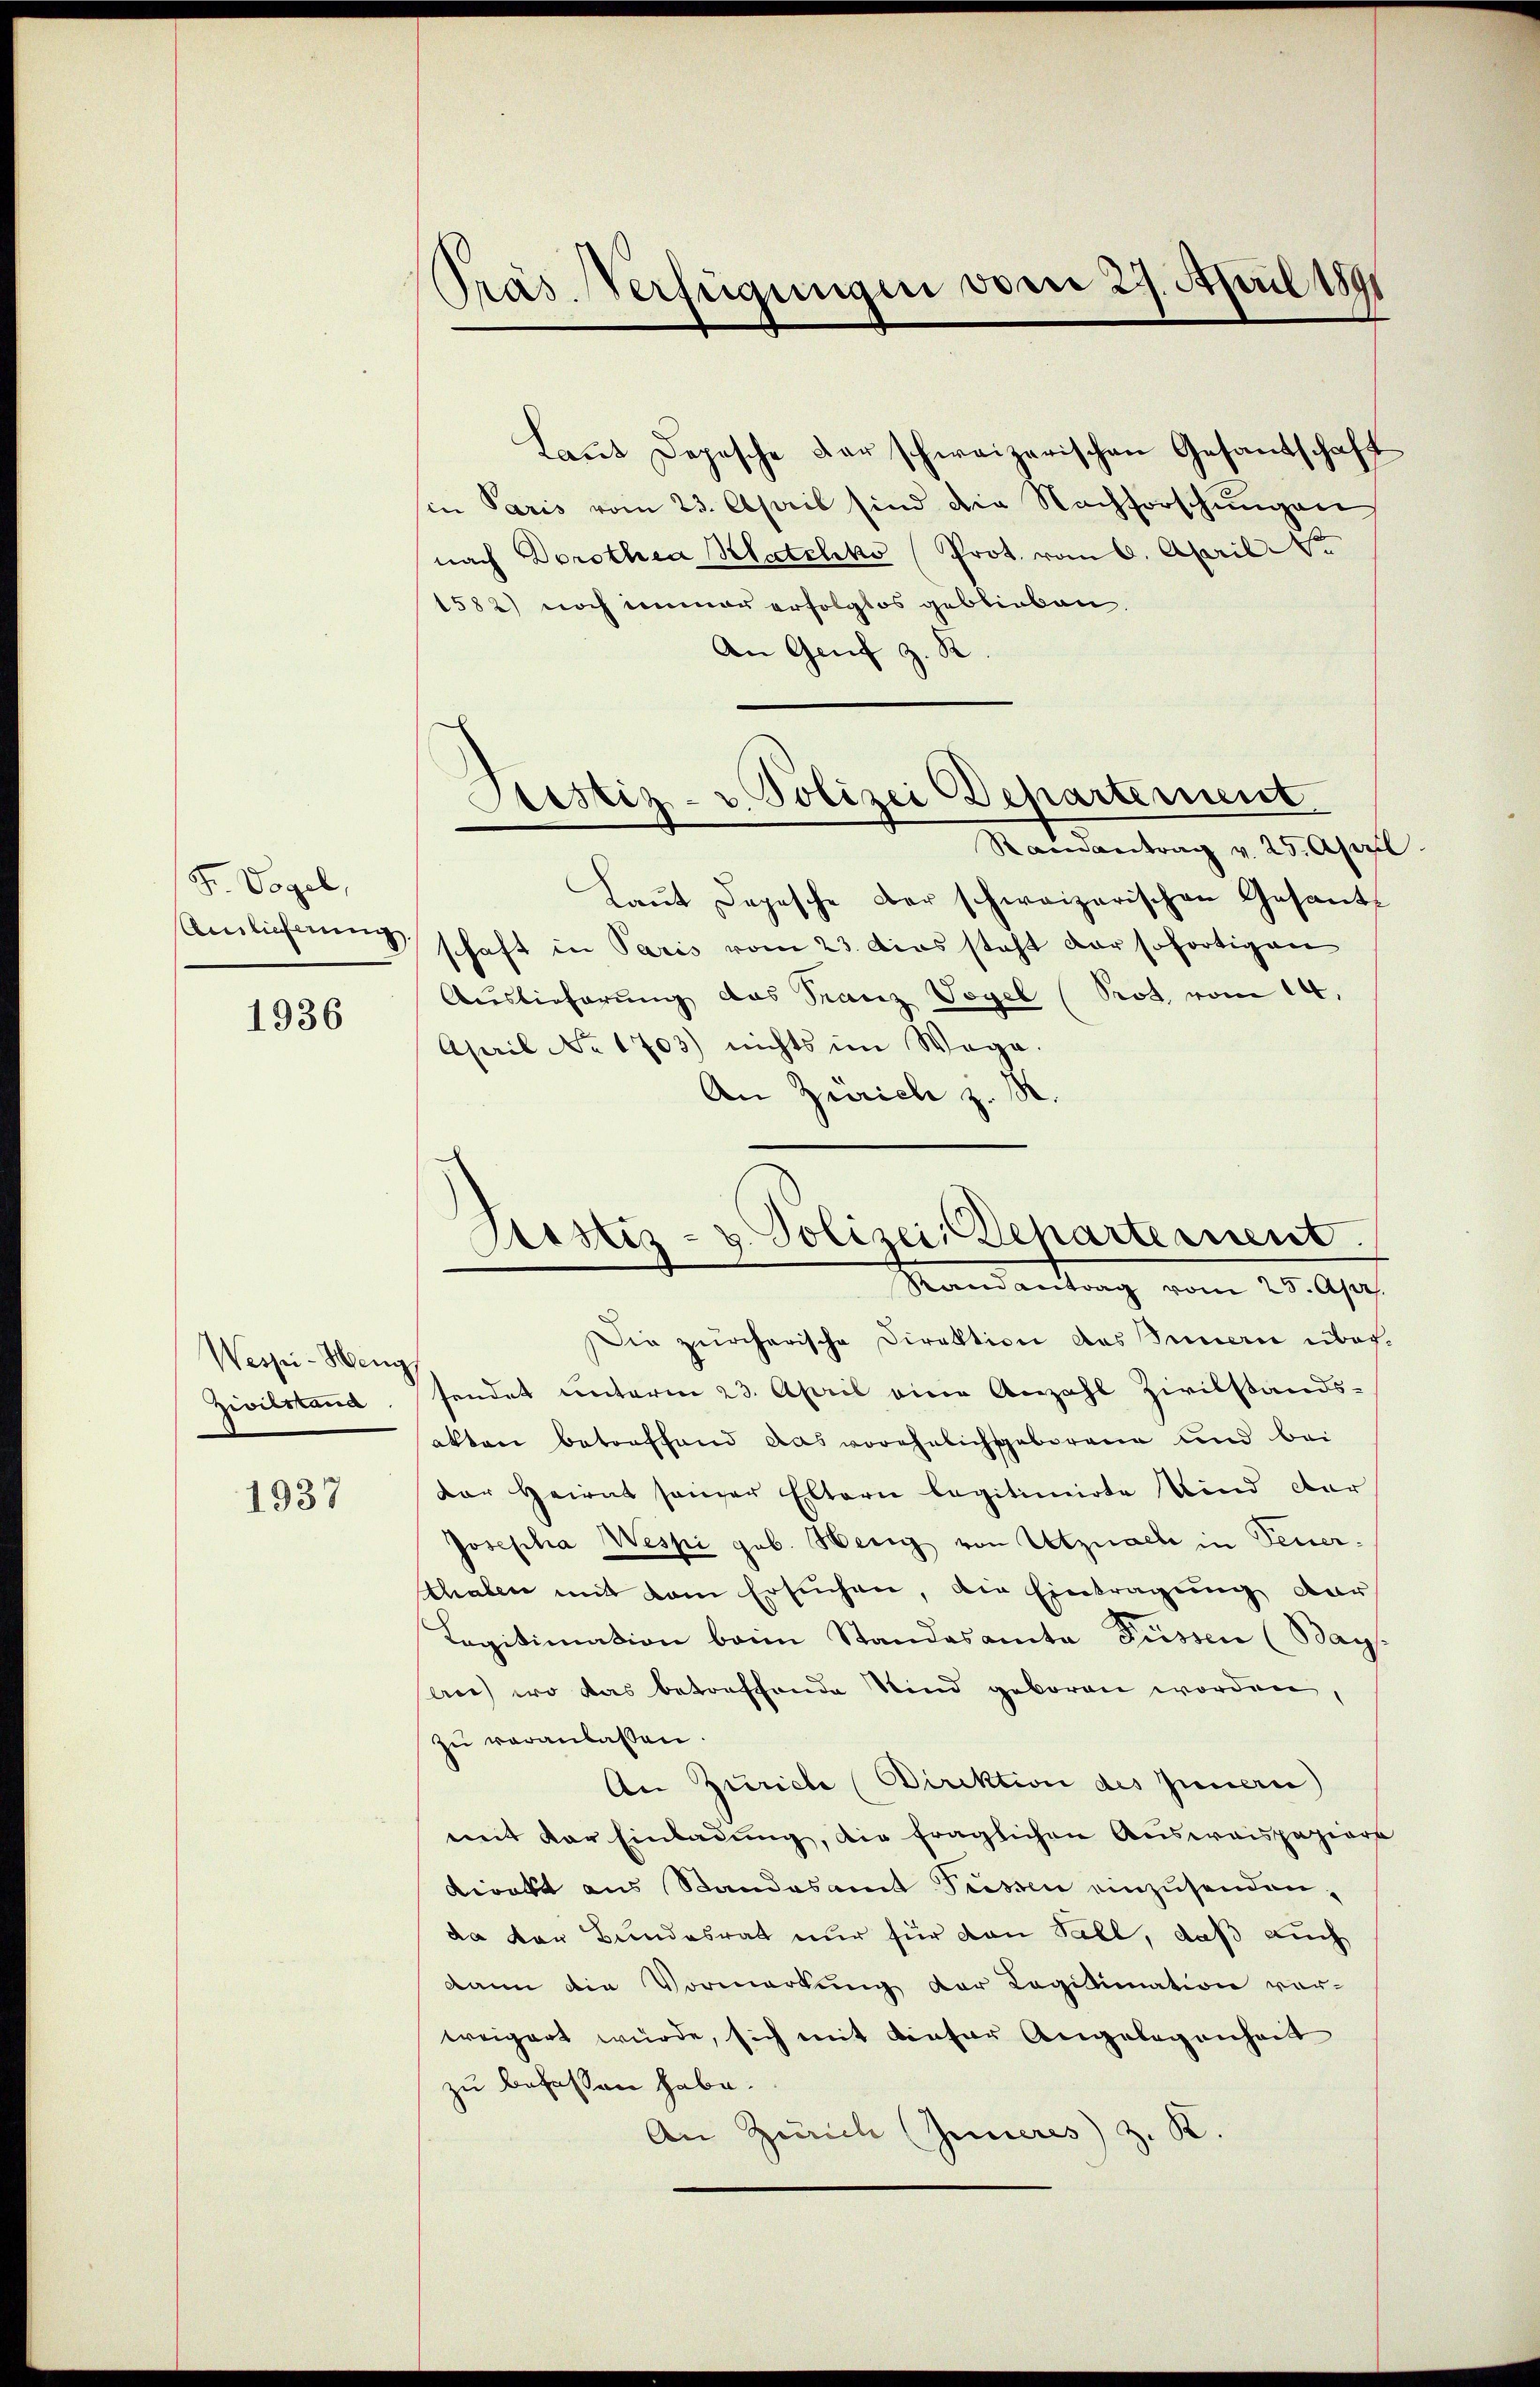
F. Vogel,

1936

Wespei-Heng
Zivilstana

1937

Präs. Verfügungen vom 27. April 1891

Laut Depesche Dar schweizerischen Gesandtschaft
sin Paris vom 23. April sind die Nachforschungen
nach Dorothea Matchko (Prot. vom 6. April e
1582) noch immer erfolgtos geblieben.
An Genf z. R.
Randantrag v. 25. April
Laut Depesche der schweizerischen Gesandt
Amlichnung schaft in Paris vom 23. dies steht der sofortigen
Auslieferung das Franz Vogel (Prot vom 14.
April No 1703) nichts im Wege.
An Zürich z.
Die zürcherische Direktion des Innern übersendet unterm 23. April eine Anzahl Zivilstands-
akten betreffend das vorehelichsgeborene und bei
der Heirat seiner Eltern legitimirte Kind der
Josepha Wespi geb. Wenig von Utznach in Feuer.
thaben mit dem Ersuchen, die Eintragung dar
Legitimation beim Standesamte Füssen (Bay-
au) wo das betreffende Kind geboren worden,
zŭ veranlassen.
An Zürich Direktion des Inneru
mit der Einladung, die fraglichen Ausweispapiere
direkt aus Standesamt Füssen einzusenden,
da von Bundesrat nur für den Fall, daß auch
dann die Vormerkŭng der Legittimation vor-
weigert würde, sich mit dieser Angelegenheit
zu befassen habe.
An Zürich Inneres z. K.

Sistiz- u. Polizei Departement.
e

Sistiz- & Polizei-Departement
Mandanlang vom 20. Ap